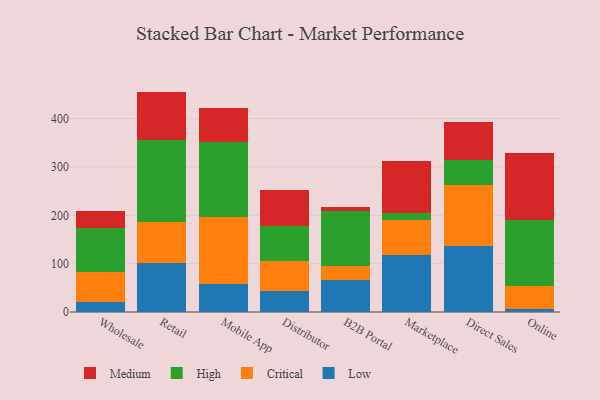
{"axis": {"x": "Channel", "y": "Headcount"}, "legend": ["Critical", "High", "Low", "Medium"], "data": [{"x": "Wholesale", "y": 21.5, "type": "Low"}, {"x": "Wholesale", "y": 61.1, "type": "Critical"}, {"x": "Wholesale", "y": 91.1, "type": "High"}, {"x": "Wholesale", "y": 35.7, "type": "Medium"}, {"x": "Retail", "y": 100.7, "type": "Low"}, {"x": "Retail", "y": 85.5, "type": "Critical"}, {"x": "Retail", "y": 169.7, "type": "High"}, {"x": "Retail", "y": 100.0, "type": "Medium"}, {"x": "Mobile App", "y": 58.2, "type": "Low"}, {"x": "Mobile App", "y": 139.2, "type": "Critical"}, {"x": "Mobile App", "y": 153.5, "type": "High"}, {"x": "Mobile App", "y": 71.5, "type": "Medium"}, {"x": "Distributor", "y": 42.6, "type": "Low"}, {"x": "Distributor", "y": 62.9, "type": "Critical"}, {"x": "Distributor", "y": 72.4, "type": "High"}, {"x": "Distributor", "y": 73.9, "type": "Medium"}, {"x": "B2B Portal", "y": 66.1, "type": "Low"}, {"x": "B2B Portal", "y": 29.6, "type": "Critical"}, {"x": "B2B Portal", "y": 112.2, "type": "High"}, {"x": "B2B Portal", "y": 9.8, "type": "Medium"}, {"x": "Marketplace", "y": 117.0, "type": "Low"}, {"x": "Marketplace", "y": 72.7, "type": "Critical"}, {"x": "Marketplace", "y": 15.2, "type": "High"}, {"x": "Marketplace", "y": 106.5, "type": "Medium"}, {"x": "Direct Sales", "y": 137.2, "type": "Low"}, {"x": "Direct Sales", "y": 125.1, "type": "Critical"}, {"x": "Direct Sales", "y": 52.0, "type": "High"}, {"x": "Direct Sales", "y": 77.8, "type": "Medium"}, {"x": "Online", "y": 5.5, "type": "Low"}, {"x": "Online", "y": 48.7, "type": "Critical"}, {"x": "Online", "y": 135.3, "type": "High"}, {"x": "Online", "y": 139.0, "type": "Medium"}]}